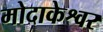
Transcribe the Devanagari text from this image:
मोदाकेश्वर